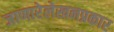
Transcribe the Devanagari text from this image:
जाणारेलेखनप्रकार